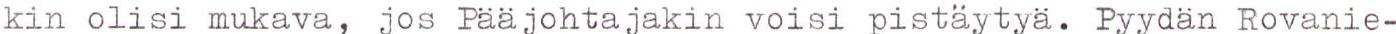
kin olisi mukava, jos Pääjohtajakin voisi pistäytyä. Pyydän Rovanie-